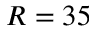
R = 3 5